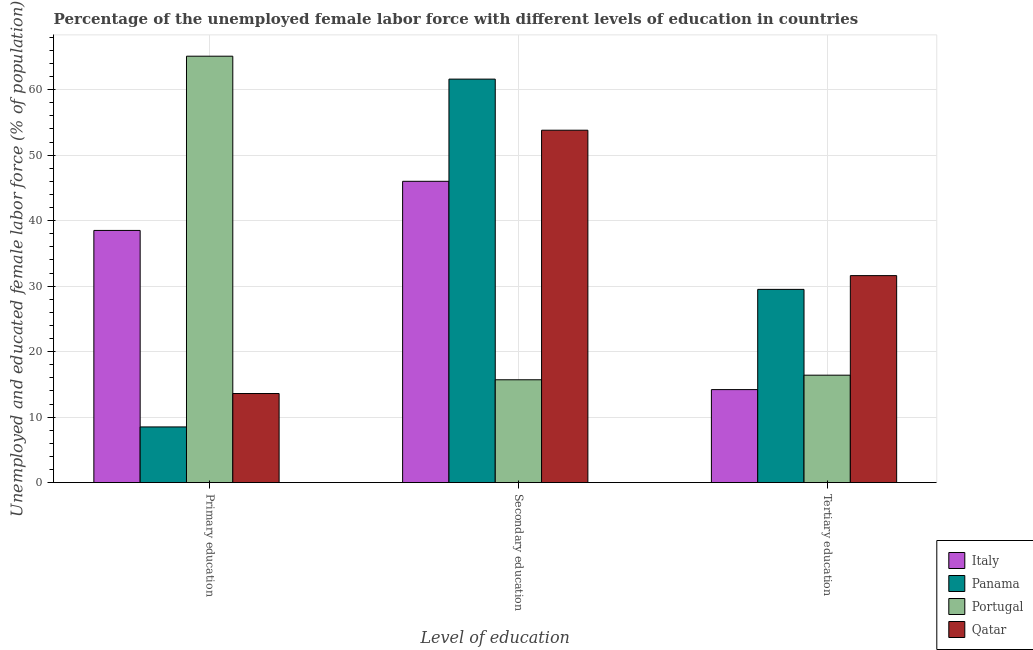
| Level of education | Italy | Panama | Portugal | Qatar |
 | --- | --- | --- | --- | --- |
 | Primary education | 38.5 | 8.5 | 65.1 | 13.6 |
 | Secondary education | 46 | 61.6 | 15.7 | 53.8 |
 | Tertiary education | 14.2 | 29.5 | 16.4 | 31.6 |